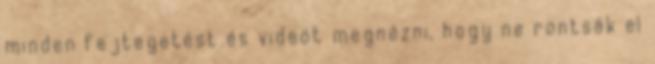
minden fejtegetést és videót megnézni, hogy ne rontsák el